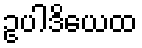
ဥပါဒိယေထ